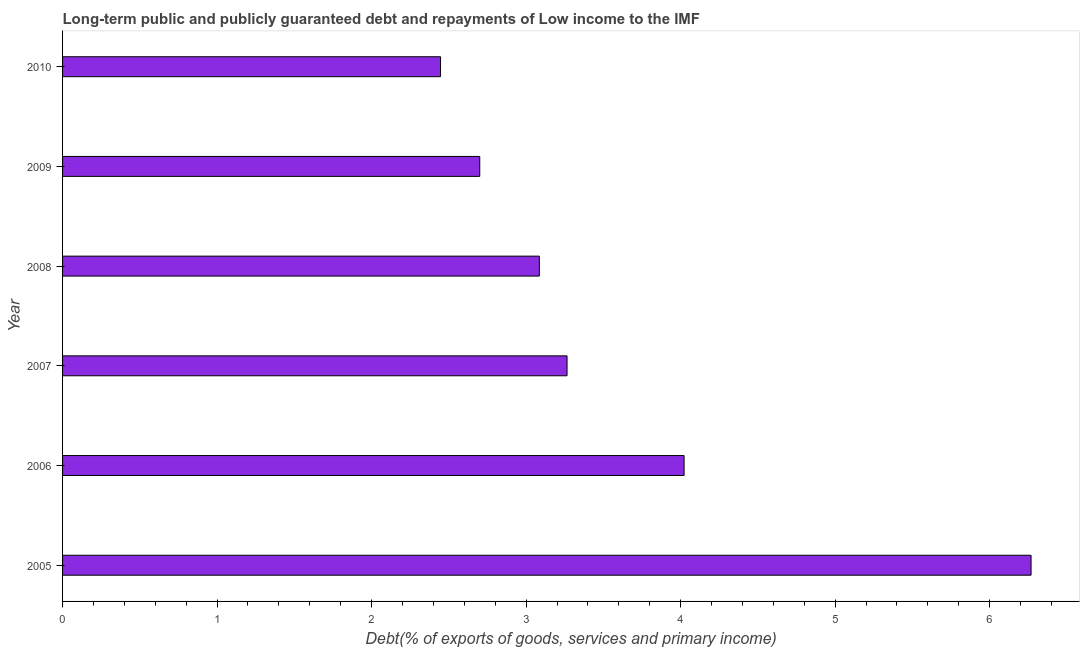
| Year | Debt service (PPG and IMF only) |
 | --- | --- |
 | 2005 | 6.27 |
 | 2006 | 4.02 |
 | 2007 | 3.27 |
 | 2008 | 3.09 |
 | 2009 | 2.7 |
 | 2010 | 2.45 |